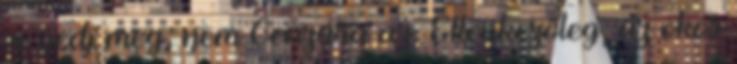
se ijedj meg, nem Cenzúra az. Ellenkezőleg, az okos